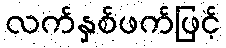
လက်နှစ်ဖက်ဖြင့်